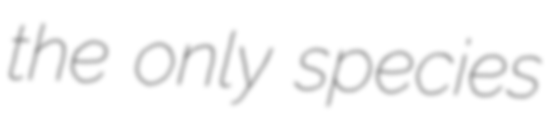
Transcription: the only species